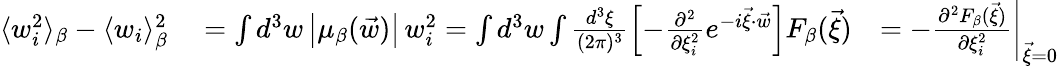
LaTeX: \begin{array}{rlr}{\langle w_{i}^{2}\rangle_{\beta}-\langle w_{i}\rangle_{\beta}^{2}}&{{}=\int d^{3}w\left|\mu_{\beta}(\vec{w})\right|\, w_{i}^{2}=\int d^{3}w\int\frac{d^{3}\xi}{(2\pi)^{3}}\left[-\frac{\partial^{2}}{\partial\xi_{i}^{2}}e^{-i\vec{\xi}\cdot\vec{w}}\right]F_{\beta}(\vec{\xi})}&{=-\left.\frac{\partial^{2}F_{\beta}(\vec{\xi})}{\partial\xi_{i}^{2}}\right|_{\vec{\xi}=0}}\end{array}